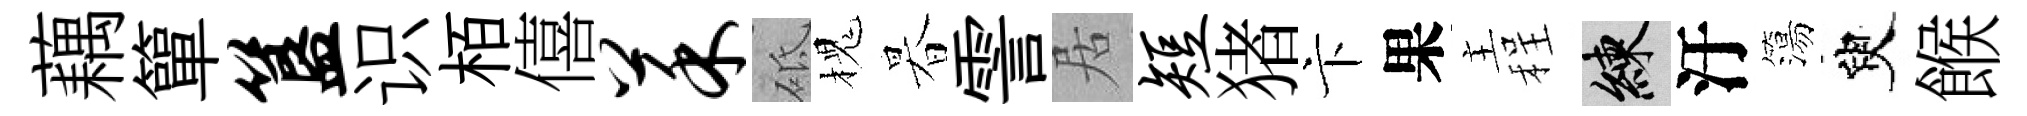
藕簞簋识栢僖菜砥槐暮霅居短猪卞果主程練汙簜臾餱